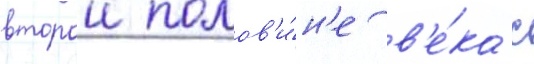
второи полов'и́н'е в'е́ка с